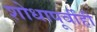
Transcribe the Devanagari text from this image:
शोधापूर्वीही